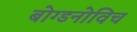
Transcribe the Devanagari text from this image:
बोग्डनोविच